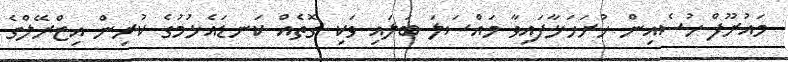
މައުރޫފް ހުސެއިން ހުށަހަޅާފައިވާ މައްސަލަ ބަލައި ވަކި ގޮތެއް ކަނޑައެޅުމުގެ ކުރިން އިޒްރޭލްގެ